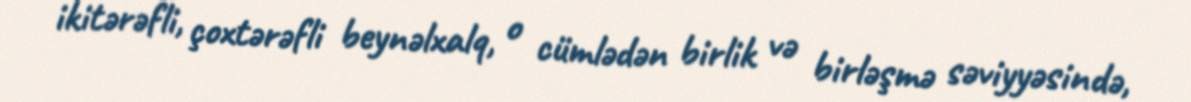
ikitərəfli, çoxtərəfli beynəlxalq, o cümlədən birlik və birləşmə səviyyəsində,